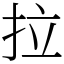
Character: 拉